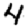
Digit: 4